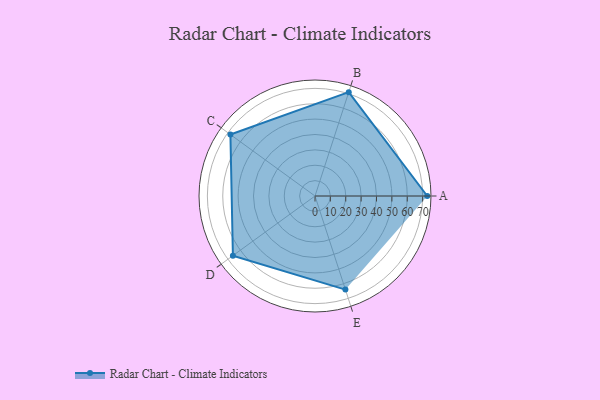
{"axis": {"x": "Skill", "y": "Score"}, "legend": ["Profile"], "data": [{"x": "A", "y": 73.0, "type": "Profile"}, {"x": "B", "y": 71.0, "type": "Profile"}, {"x": "C", "y": 68.0, "type": "Profile"}, {"x": "D", "y": 66.0, "type": "Profile"}, {"x": "E", "y": 64.0, "type": "Profile"}]}